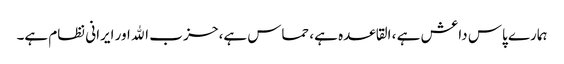
ہمارے پاس داعش ہے ، القاعده ہے، حماس ہے، حز ب الله اور ایرانی نظام ہے۔